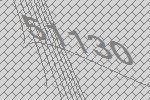
51130